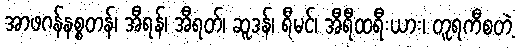
အာဖဂန်နစ္စတန်၊ အီရန်၊ အီရတ်၊ ဆူဒန်၊ ရီမင်၊ အီရီထရီးယား၊ တူရကီစတဲ့